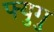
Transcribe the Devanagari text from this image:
फ्युगु